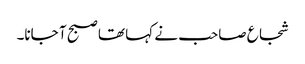
شجاع صاحب نے کہا تھا صبح آ جانا۔